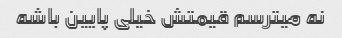
نه میترسم قیمتش خیلی پایین باشه